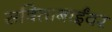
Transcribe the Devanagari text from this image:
सविताबाईंवर